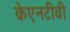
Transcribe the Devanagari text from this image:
केएनटीवी